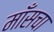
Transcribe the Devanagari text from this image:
माँसचा